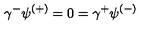
\gamma ^ { - } \psi ^ { ( + ) } = 0 = \gamma ^ { + } \psi ^ { ( - ) }